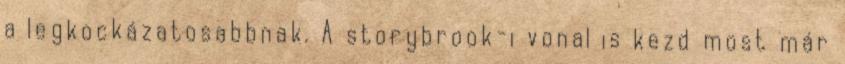
a legkockázatosabbnak. A storybrook-i vonal is kezd most már